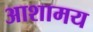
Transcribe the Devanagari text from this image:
आशामय